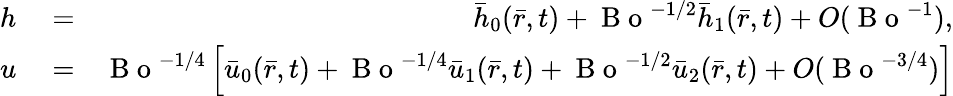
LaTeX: \begin{array}{rlr}{h}&{{}=}&{\bar{h}_{0}(\bar{r},t)+\mathrm{~B~o~}^{-1/2}\bar{h}_{1}(\bar{r},t)+O(\mathrm{~B~o~}^{-1}),}\\ {u}&{{}=}&{\mathrm{~B~o~}^{-1/4}\left[\bar{u}_{0}(\bar{r},t)+\mathrm{~B~o~}^{-1/4}\bar{u}_{1}(\bar{r},t)+\mathrm{~B~o~}^{-1/2}\bar{u}_{2}(\bar{r},t)+O(\mathrm{~B~o~}^{-3/4})\right]}\end{array}